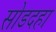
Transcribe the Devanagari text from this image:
सोडदहा